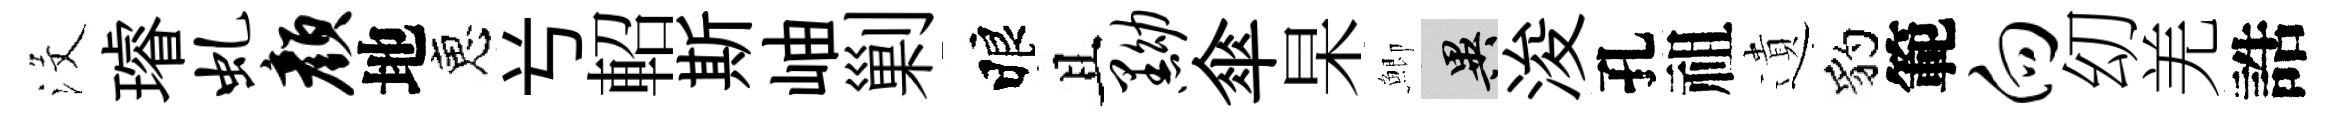
沒璿虬颜地恵𠔃軺斯岫剿睱且黝傘杲鯽异浚孔祖遺豹範向㓜羌誥